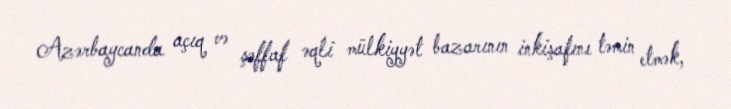
Azərbaycanda açıq və şəffaf əqli mülkiyyət bazarının inkişafını təmin etmək,